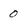
Character: 0